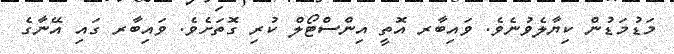
މަޑުމަޑުން ކިޔާލެވުނެވެ. ވައިބާރ އޮތީ އިންސްޓޯލް ކުރި ގޮތަށެވެ. ވައިބާރ ގައި އޭނާގެ